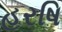
હરષિ